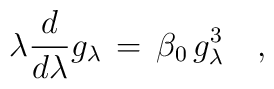
\lambda {d \over d\lambda} g_\lambda\, =\,\beta_0 \, g_\lambda^3\quad ,